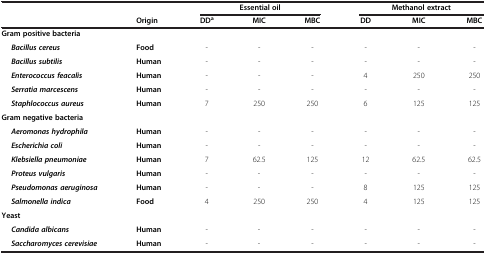
|  |  | <COLSPAN=3> Essential oil | <COLSPAN=3> Methanol extract |
 |  | Origin | DDa | MIC | MBC | DD | MIC | MBC |
 | --- | --- | --- | --- | --- | --- | --- | --- |
 | Gram positive bacteria |  |  |  |  |  |  |  |
 | Bacillus cereus | Food | - | - | - | - | - | - |
 | Bacillus subtilis | Human | - | - | - | - | - | - |
 | Enterococcus feacalis | Human | - | - | - | 4 | 250 | 250 |
 | Serratia marcescens | Human | - | - | - | - | - | - |
 | Staphlococcus aureus | Human | 7 | 250 | 250 | 6 | 125 | 125 |
 | Gram negative bacteria |  |  |  |  |  |  |  |
 | Aeromonas hydrophila | Human | - | - | - | - | - | - |
 | Escherichia coli | Human | - | - | - | - | - | - |
 | Klebsiella pneumoniae | Human | 7 | 62.5 | 125 | 12 | 62.5 | 62.5 |
 | Proteus vulgaris | Human | - | - | - | - | - | - |
 | Pseudomonas aeruginosa | Human | - | - | - | 8 | 125 | 125 |
 | Salmonella indica | Food | 4 | 250 | 250 | 4 | 125 | 125 |
 | Yeast |  |  |  |  |  |  |  |
 | Candida albicans | Human | - | - | - | - | - | - |
 | Saccharomyces cerevisiae | Human | - | - | - | - | - | - |